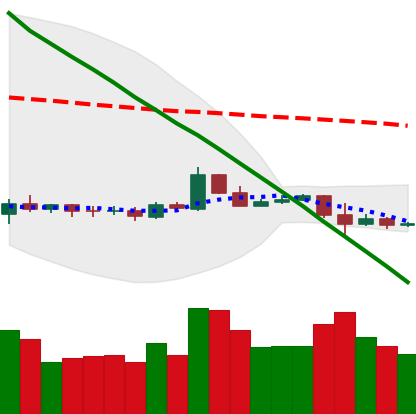
Ticker: ETC-USD
Chart end date: 2019-10-19
Forward return: -3.162%
Label: down_3_5